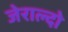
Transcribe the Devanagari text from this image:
जेराल्दो